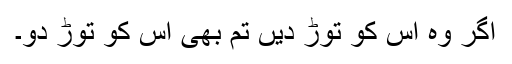
اگر وہ اس کو توڑ دیں تم بھی اس کو توڑ دو۔